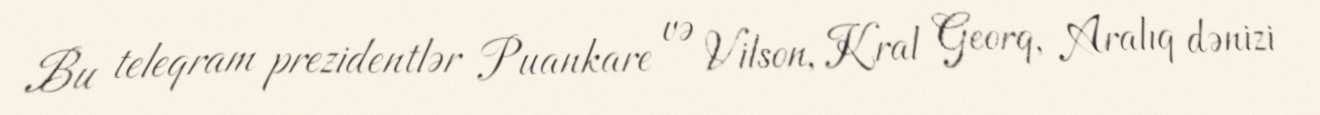
Bu teleqram prezidentlər Puankare və Vilson, Kral Georq, Aralıq dənizi